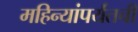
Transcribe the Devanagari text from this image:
महिन्यांपर्यंतची